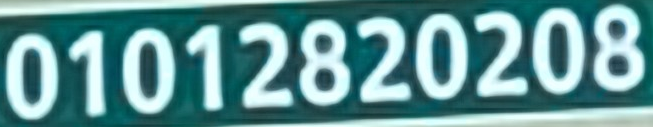
01012820208